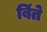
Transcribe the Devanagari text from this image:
बिंते